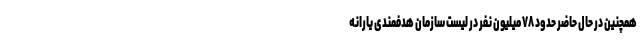
همچنین در حال حاضر حدود ۷۸ میلیون نفر در لیست سازمان هدفمندی یارانه